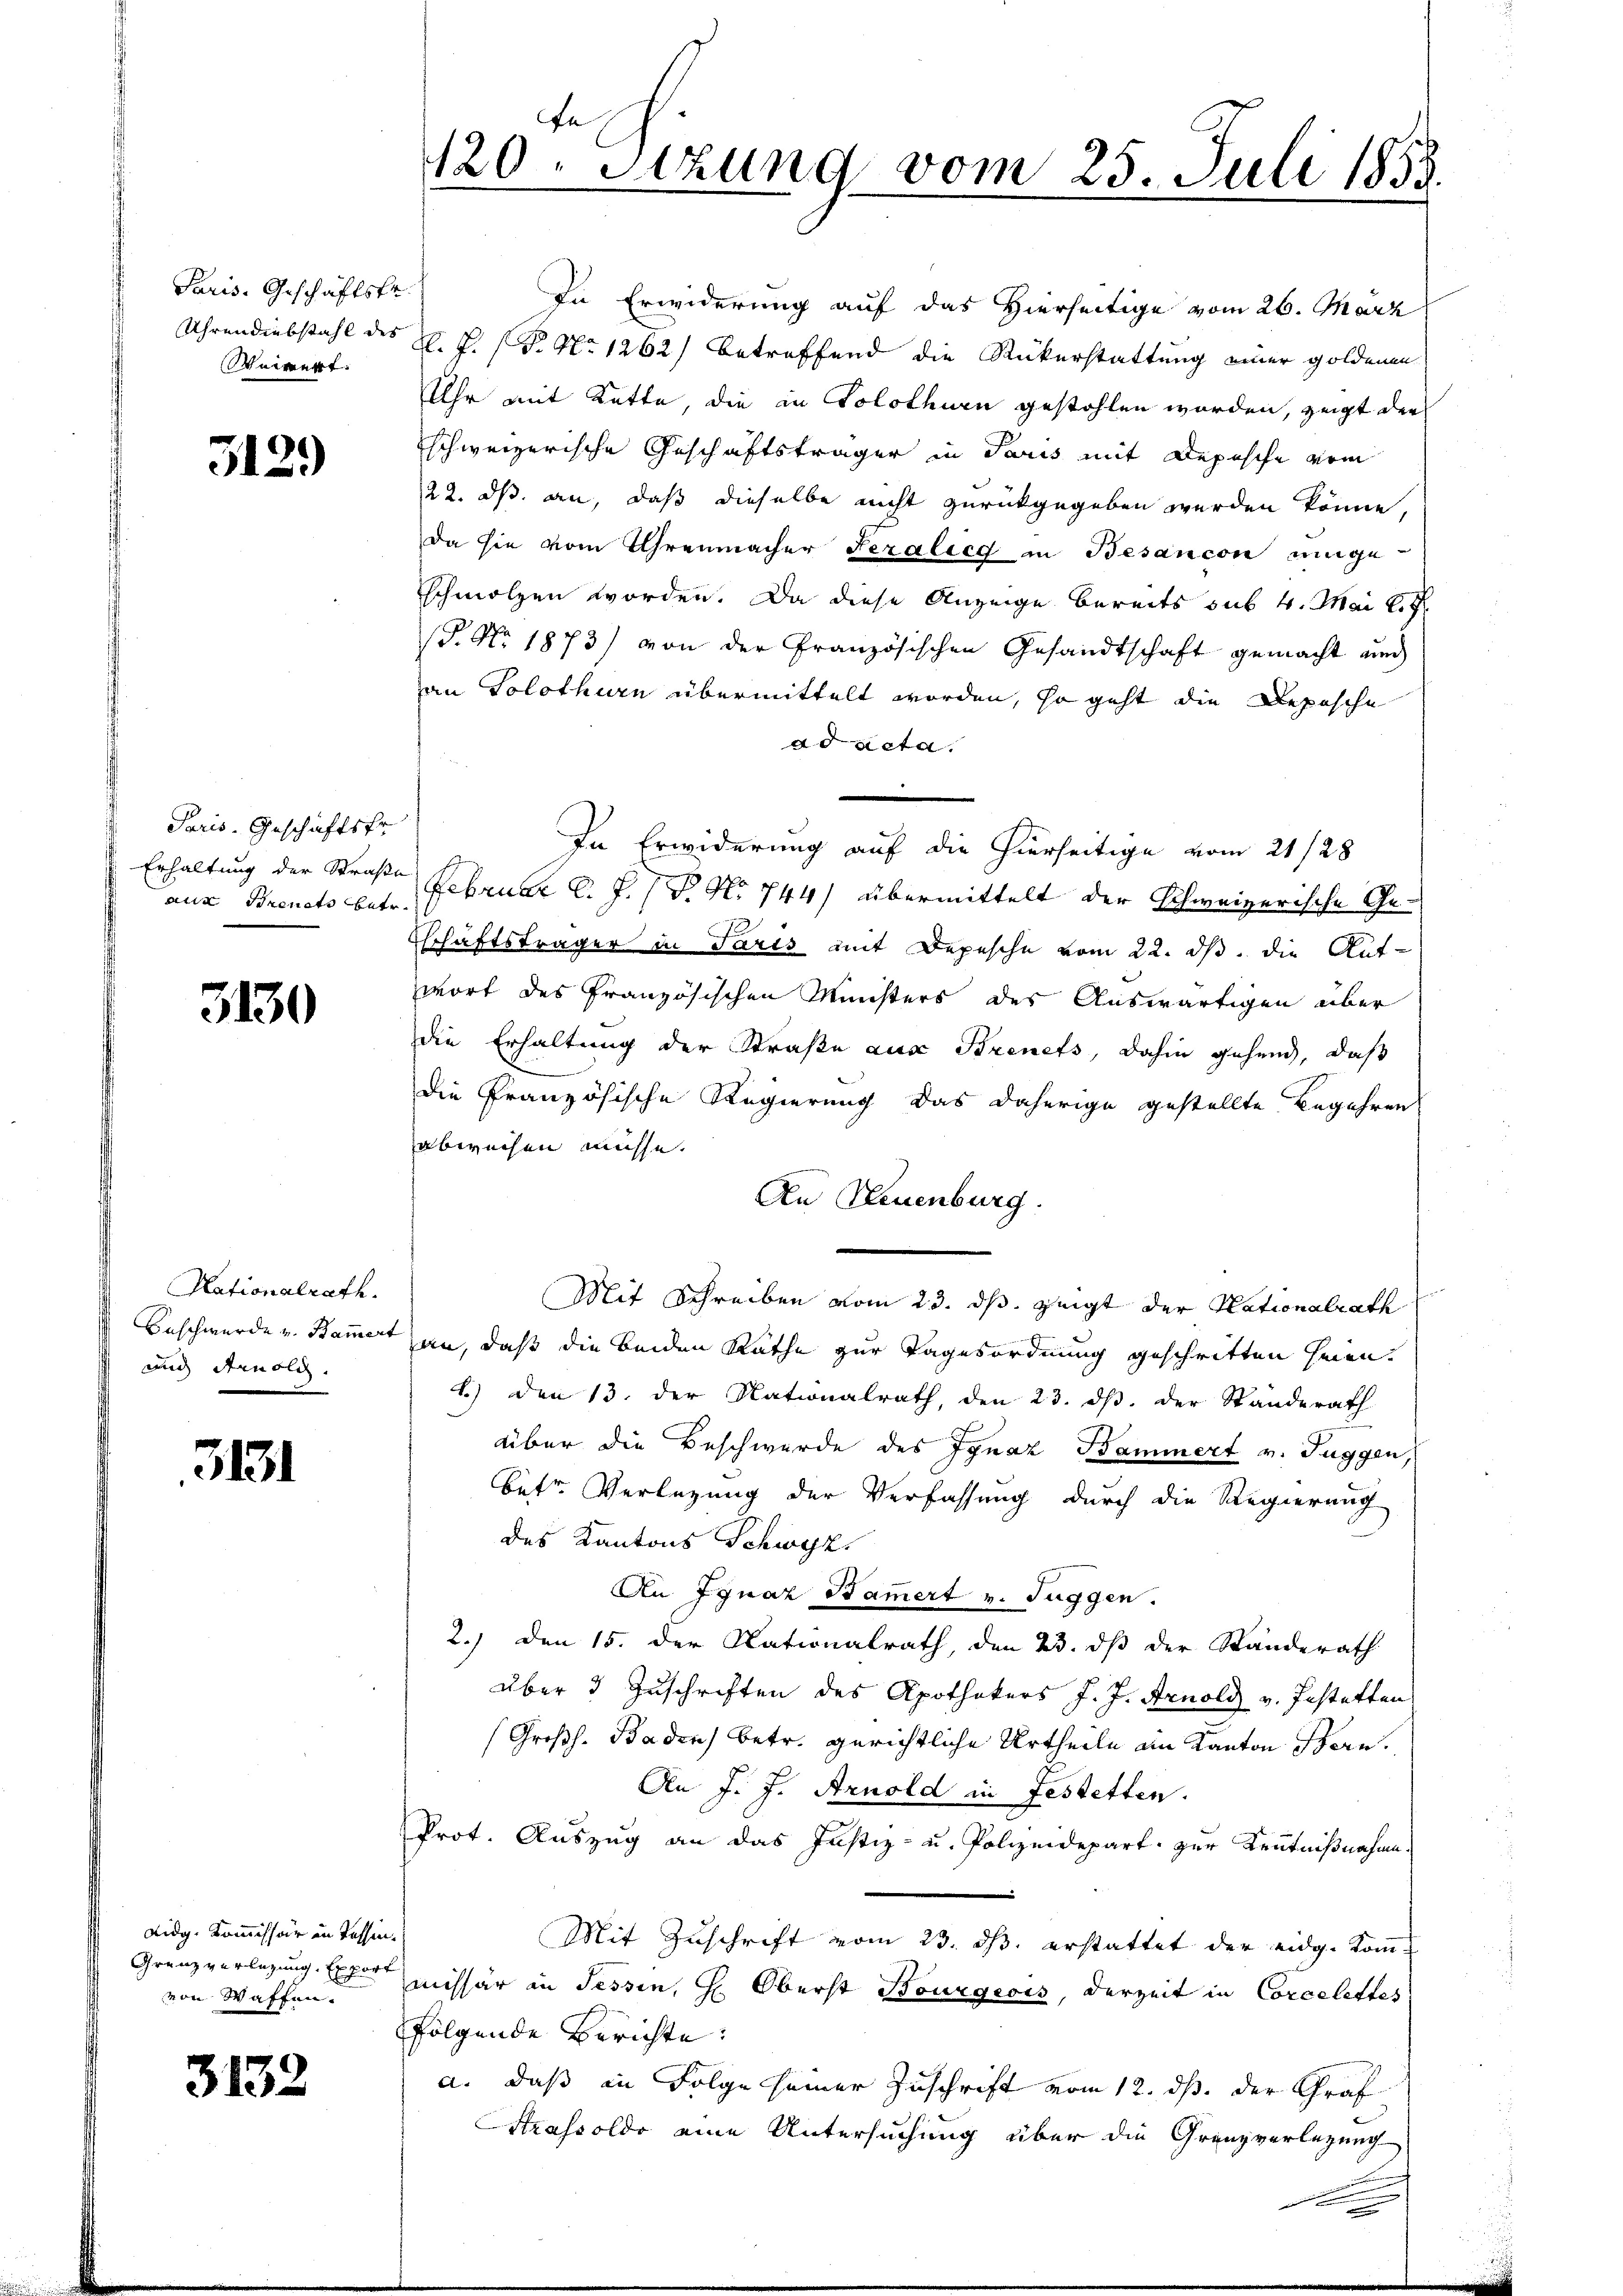
Paris, Geschäftsfr.
Uhrendiebstahl des
Seinert.

312.)

Paris. Geschäftsfr.
Erhaltung der Straße

3130

Nationalrath.
und Arnolch

3131

Lidg. Kommissär in Tessin.
Grenz verlegung Export
von Waffen.

3132

En
120. Stzung vom 25. Juli 1858

In Erwiderung auf das Hierseitige vom 26. März
K. J. (T. No 1262) betreffend die Rückerstattung einer goldenen
Uhr mit Katte, die in Solothurn gestohlen worden, zeigt der
schweizerische Geschäftsträger in Paris mit Depesche vom
22. ds. an, daß dieselbe nicht zurückgegeben werden könne,
da sie vom Uhrenmacher Feralieg in Besancon unge-
schmolzen worden. Da diese Anzeige bereits sub 4. Mai l.J.
(P. Nr. 1873) von der Französischen Gesandtschaft gemacht und
an Solothurn übermittelt worden, so geht die Depesche
ad acta.
aus Brencts betr. Februar d. J. (T. No 744) übermittelt der Schweizerische Ge¬
Eschäftsträger in Paris mit Depesche vom 22. ds. die Auf-
wort des Französischen Ministers des Auswärtigen über
die Erhaltung der Straße aus Brenets, dahin gehend, daß
die französische Regierung das daherige gestellte Begehren
abweisen müsse.
An Neuenburg.
Mit Schreiben vom 23. ds. zeigt der Nationalrath
Beschwerde v. Kammert an, daß die beiden Räthe zur Tagesordnung geschritten seien.
1.) Den 13. der Nationalrath, den 23. ds. der Standerath
über die Beschwerde des Ignaz Bammert v. Tuggen,
betr. Verlegung der Verfassung durch die Regierung
des Kantons Schwyz,
An Ignaz Bammert v. Tuggen.
2.) Den 15. der Nationalrath, den 23. dβ der Standerath
über 3 Zuschriften des Apothekers J. J. Arnold v. Pestatten
(Großh. Baden) betr. gerichtliche Urtheile an Kanton Bern.
An J. J. Arnold in Festetten.
Prot. Auszug an das Justiz- u. Polizeidepart zur Kenntnißnahme.
Mit Zuschrift vom 23. ds. erstattet der eidg. Kom-
missär in Tessin, H. Oberst Bourgeois, derzeit in Corcelettes
folgende Berichte:
a. daß in Folge seiner Zuschrift vom 12. ds. der Graf
Strassolde eine Untersuchung über die Grenzverlegung

In Erwiderung auf die hierseitige vom 21/28.